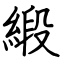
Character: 緞